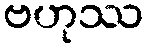
ဗဟုဿ